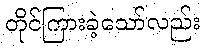
တိုင်ကြားခဲ့သော်လည်း